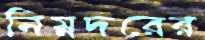
নিম্নদরের